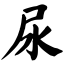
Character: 尿